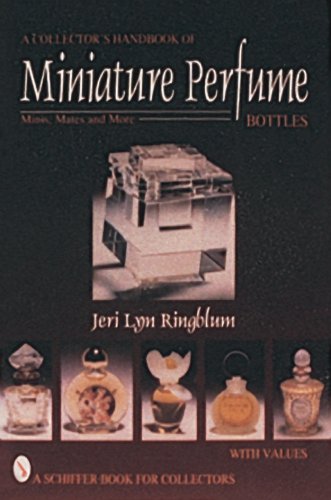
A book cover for A Collector's Handbook of Miniature Perfume Bottles: Minis, Mates, and More (Schiffer Book for Collectors With Value Guide); Jeri Lyn Ringblum; Crafts, Hobbies & Home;